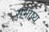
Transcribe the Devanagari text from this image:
सभाष्य